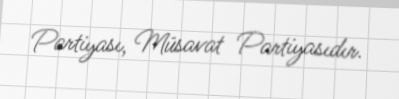
Partiyası, Müsavat Partiyasıdır.